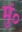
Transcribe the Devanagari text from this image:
मुं०